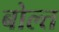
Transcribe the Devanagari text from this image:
बोल्त